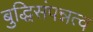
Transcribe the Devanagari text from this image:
बुद्धिसंपन्नत्व